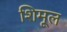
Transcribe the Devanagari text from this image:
शिमूल